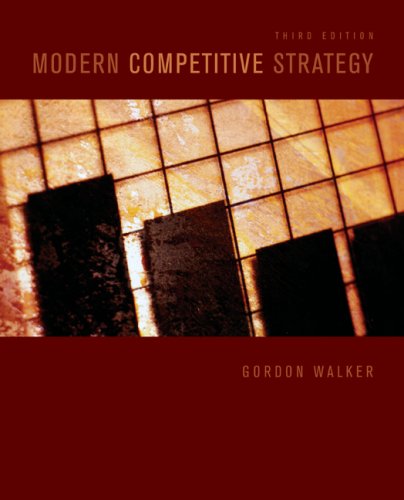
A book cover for Modern Competitive Strategy; Gordon Walker; Business & Money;